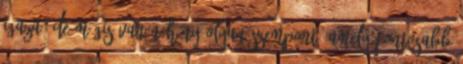
igaza, de mégis van néhány olyan szempont, amely fontosabb